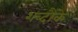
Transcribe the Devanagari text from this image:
शब्दौंके